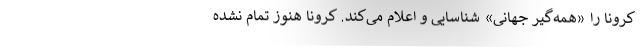
کرونا را «همه‌گیر جهانی» شناسایی و اعلام می‌کند. کرونا هنوز تمام نشده